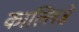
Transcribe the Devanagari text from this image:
काल्लिब्रे